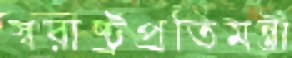
স্বরাষ্ট্রপ্রতিমন্ত্রী